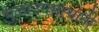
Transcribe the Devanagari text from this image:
मुळाउगमस्थानी